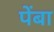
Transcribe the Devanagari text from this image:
पेंबा